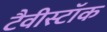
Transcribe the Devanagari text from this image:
टैवीस्टॉक